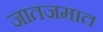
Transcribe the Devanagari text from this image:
जातजमात